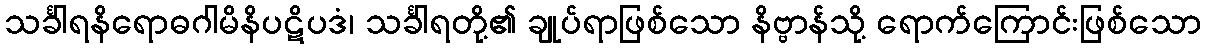
သင်္ခါရနိရောဓဂါမိနိပဋိပဒံ၊ သင်္ခါရတို့၏ ချုပ်ရာဖြစ်သော နိဗ္ဗာန်သို့ ရောက်ကြောင်းဖြစ်သော